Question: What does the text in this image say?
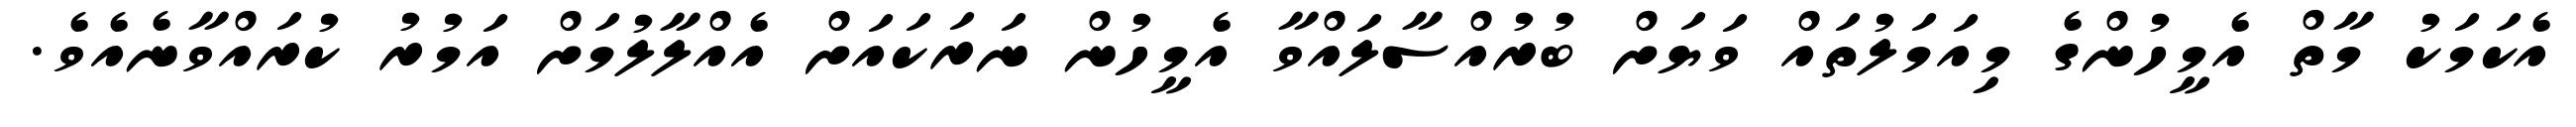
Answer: އެކަމަކު މާތް އެމީހުންގެ މިއަމަލުތައް ވަޔަށް ބުރުއްސާލައްވާ އެމީހުން ނަރަކައަށް އެއްލާލުމަށް އަމުރު ކުރައްވާނެއެވެ.